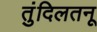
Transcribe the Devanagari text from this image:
तुंदिलतनू